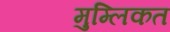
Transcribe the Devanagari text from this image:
मुम्लिकत